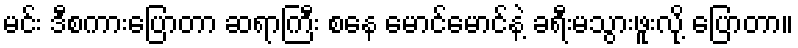
မင်း ဒီစကားပြောတာ ဆရာကြီး စနေ မောင်မောင်နဲ့ ခရီးမသွားဖူးလို့ ပြောတာ။